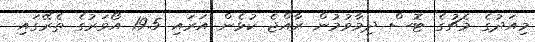
މިއަދުގެ މެޗުގެ ޓޮސް ދިމާވުމުން ރާއްޖެ ކުޅެން އަރައި 19.5 އޯވަރުގެ ތެރޭގައި